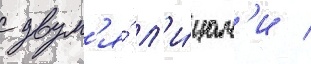
с двум'я́ л'и́цам'и /